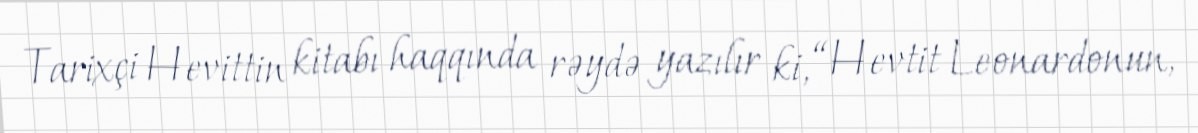
Tarixçi Hevittin kitabı haqqında rəydə yazılır ki, “Hevtit Leonardonun,